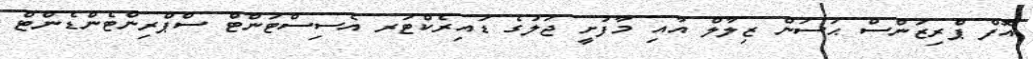
އޮފް ޕްރިޒަންސް ޙަސަން ޒިލާލް އާއި މާފުށީ ޖަލުގެ ޑައިރެކްޓަރ އެސިސްޓަންޓް ސްޕްރިންޓެންޑެންޓް